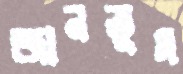
জানতুম